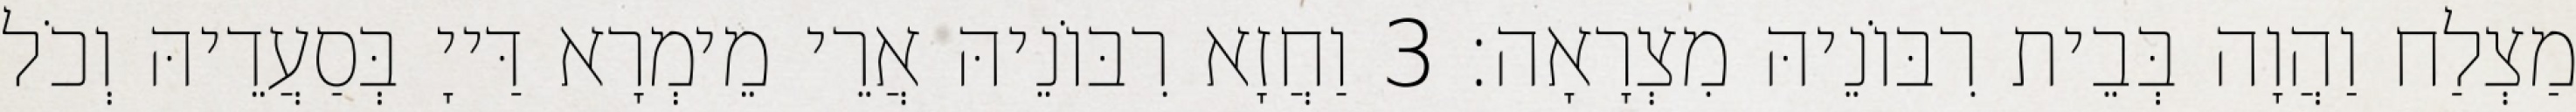
מַצְלַח וַהֲוָה בְּבֵית רִבּוֹנֵיהּ מִצְרָאָה׃ 3 וַחֲזָא רִבּוֹנֵיהּ אֲרֵי מֵימְרָא דַּייָ בְּסַעֲדֵיהּ וְכֹל